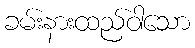
ခမ်းနားထည်ဝါသော